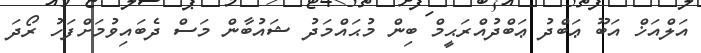
އަލްއަޚް އަބޫ ޢަބްދު ޢަބްދުއްރަޙީމް ބިން މުޙައްމަދު ޝައުބާން މަސް ދެބައިވުމަށްފަހު ރޯދަ